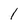
Character: 1